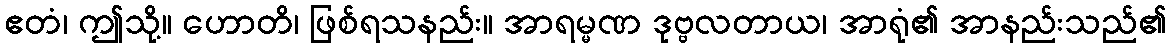
ဧတံ၊ ဤသို့။ ဟောတိ၊ ဖြစ်ရသနည်း။ အာရမ္မဏ ဒုဗ္ဗလတာယ၊ အာရုံ၏ အာနည်းသည်၏